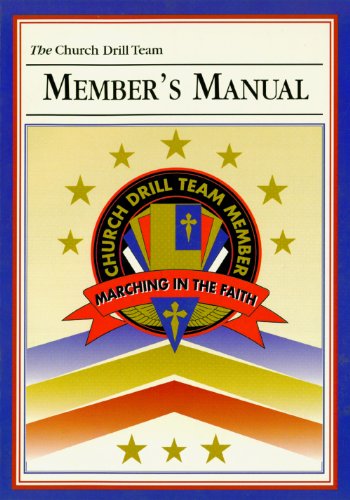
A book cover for Church Drill Team Member's Manual; Christian Books & Bibles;